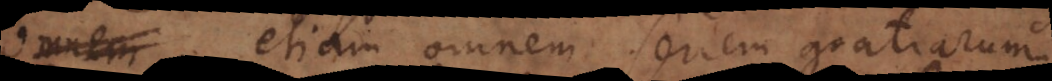
omnem etiam omnem seriem gratiarum.